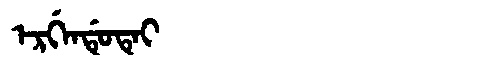
Manchu: ᡝᡵᡤᡝᠨᡩᡠᡨᡝᡳ
Romanization: ERGENDUTEI